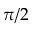
\pi / 2